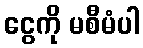
ငွေကို မစီမံပါ